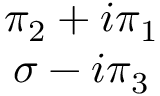
\begin{array} { c } { { \pi _ { 2 } + i \pi _ { 1 } } } \\ { { \sigma - i \pi _ { 3 } } } \end{array}